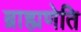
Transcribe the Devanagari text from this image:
ब्राह्मणेति